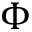
\Phi